Vaccination in Bombay 1889-1901 - 1889-1901
Year: 1889
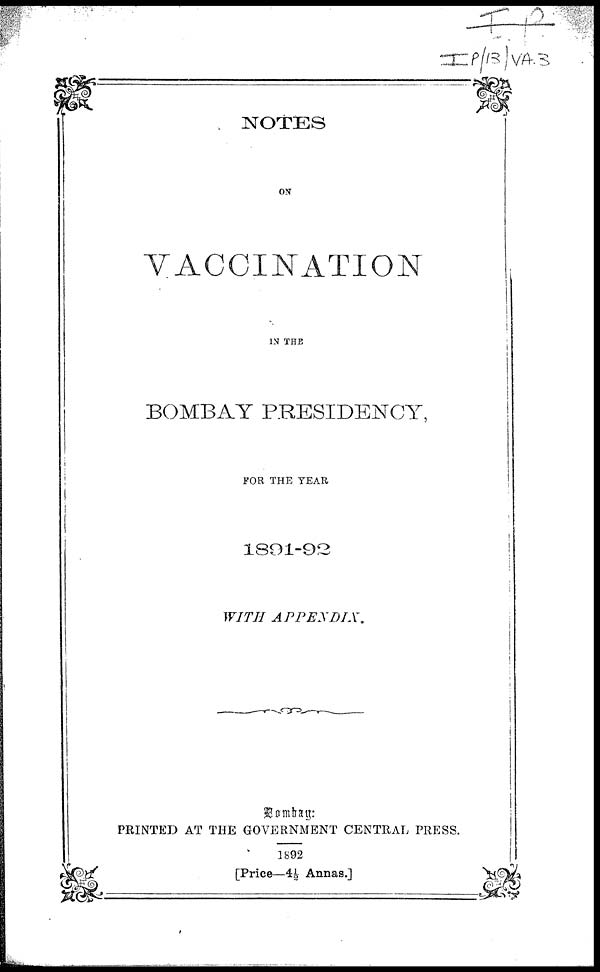
NOTES
ON
VACCINATION
IN THE
BOMBAY PRESIDENCY,
FOR THE TEAR
1891-92
WITH
APPENDIX.
Bombay:
PRINTED AT THE GOVERNMENT CENTRAL PRESS.
1892
[Price—4½ Annas.]